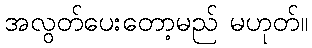
အလွတ်ပေးတော့မည် မဟုတ်။